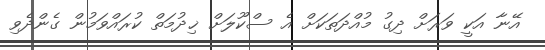
އޭނާ އަކީ ވަރަށް ދިގު މުއްދަތަކަށް އެ ސްކޫލަށް ޚިދުމަތް ކުރައްވަމުން ގެންދެވި